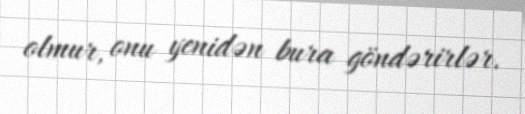
olmur, onu yenidən bura göndərirlər.